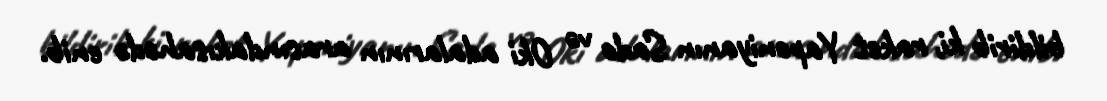
bildirib ki, raket Yaponiyanın Sado və Oki adalarının arasındakısahədə enib.